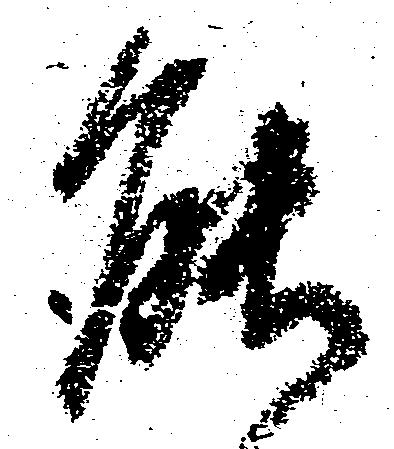
能